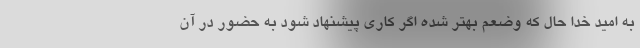
به امید خدا حال که وضعم بهتر شده اگر کاری پیشنهاد شود به حضور در آن